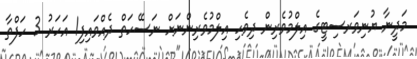
މަދީނާ ޔުނިވަރސިޓީގެ އިލްމުވެރިން ދިވެހި އިލްމުވެރިންނަށް ނަސޭހަތް ދެއްވައިފި1 އަހަރު 3 ހަފްތާ